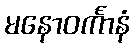
မနောဝင်္ကာနံ